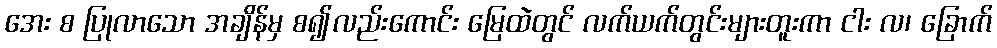
အေး စ ပြုလာသော အချိန်မှ စ၍လည်းကောင်း မြေထဲတွင် လက်ယက်တွင်းများတူးကာ ငါး လ၊ ခြောက်